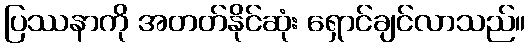
ပြဿနာကို အတတ်နိုင်ဆုံး ရှောင်ချင်လာသည်။